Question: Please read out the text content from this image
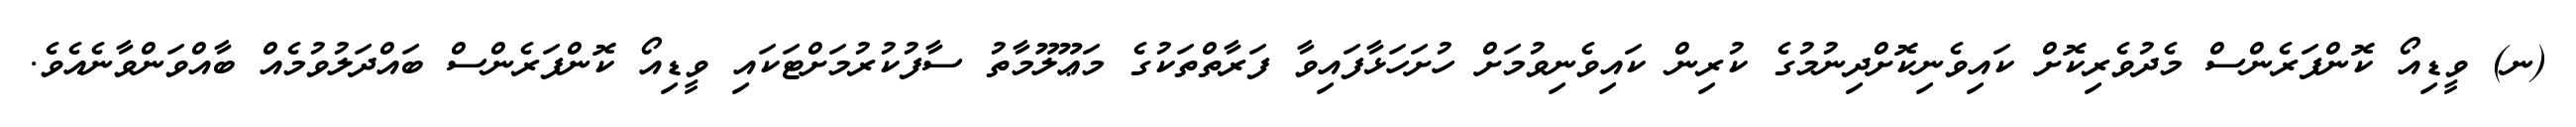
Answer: (ނ) ވީޑިއޯ ކޮންފަރެންސް މެދުވެރިކޮށް ކައިވެނިކޮށްދިނުމުގެ ކުރިން ކައިވެނިވުމަށް ހުށަހަޅާފައިވާ ފަރާތްތަކުގެ މަޢޫލޫމާތު ސާފުކުރުމަށްޓަކައި ވީޑިއޯ ކޮންފަރެންސް ބައްދަލުވުމެއް ބާއްވަންވާނެއެވެ.